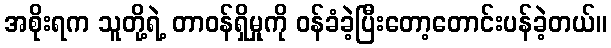
အစိုးရက သူတို့ရဲ့ တာဝန်ရှိမှုကို ဝန်ခံခဲ့ပြီးတော့တောင်းပန်ခဲ့တယ်။